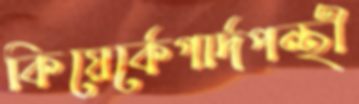
কিয়ের্কেগার্দপন্থী